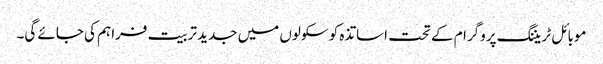
موبائل ٹریننگ پروگرام کے تحت اساتذہ کو سکولوں میں جدید تربیت فراہم کی جائے گی۔